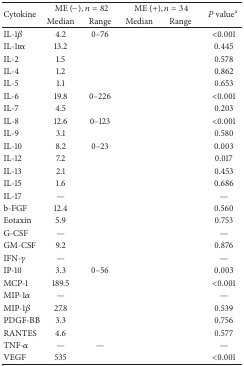
<table><thead><tr><td rowspan="2"><b>Cytokine</b></td><td colspan="2"><b>ME (−), <i>n</i> = 82</b></td><td colspan="2"><b>ME (+), <i>n</i> = 34</b></td><td rowspan="2"><b><i>P</i> value<sup>a</sup></b></td></tr><tr><td><b>Median</b></td><td><b>Range</b></td><td><b>Median</b></td><td><b>Range</b></td></tr></thead><tbody><tr><td>IL-1<i>β</i></td><td>4.2</td><td>0–76</td><td>[EMPTY_CELL]</td><td>[EMPTY_CELL]</td><td>&lt;0.001</td></tr><tr><td>IL-1r<i>α</i></td><td>13.2</td><td>[EMPTY_CELL]</td><td>[EMPTY_CELL]</td><td>[EMPTY_CELL]</td><td>0.445</td></tr><tr><td>IL-2</td><td>1.5</td><td>[EMPTY_CELL]</td><td>[EMPTY_CELL]</td><td>[EMPTY_CELL]</td><td>0.578</td></tr><tr><td>IL-4</td><td>1.2</td><td>[EMPTY_CELL]</td><td>[EMPTY_CELL]</td><td>[EMPTY_CELL]</td><td>0.862</td></tr><tr><td>IL-5</td><td>1.1</td><td>[EMPTY_CELL]</td><td>[EMPTY_CELL]</td><td>[EMPTY_CELL]</td><td>0.653</td></tr><tr><td>IL-6</td><td>19.8</td><td>0–226</td><td>[EMPTY_CELL]</td><td>[EMPTY_CELL]</td><td>&lt;0.001</td></tr><tr><td>IL-7</td><td>4.5</td><td>[EMPTY_CELL]</td><td>[EMPTY_CELL]</td><td>[EMPTY_CELL]</td><td>0.203</td></tr><tr><td>IL-8</td><td>12.6</td><td>0–123</td><td>[EMPTY_CELL]</td><td>[EMPTY_CELL]</td><td>&lt;0.001</td></tr><tr><td>IL-9</td><td>3.1</td><td>[EMPTY_CELL]</td><td>[EMPTY_CELL]</td><td>[EMPTY_CELL]</td><td>0.580</td></tr><tr><td>IL-10</td><td>8.2</td><td>0–23</td><td>[EMPTY_CELL]</td><td>[EMPTY_CELL]</td><td>0.003</td></tr><tr><td>IL-12</td><td>7.2</td><td>[EMPTY_CELL]</td><td>[EMPTY_CELL]</td><td>[EMPTY_CELL]</td><td>0.017</td></tr><tr><td>IL-13</td><td>2.1</td><td>[EMPTY_CELL]</td><td>[EMPTY_CELL]</td><td>[EMPTY_CELL]</td><td>0.453</td></tr><tr><td>IL-15</td><td>1.6</td><td>[EMPTY_CELL]</td><td>[EMPTY_CELL]</td><td>[EMPTY_CELL]</td><td>0.686</td></tr><tr><td>IL-17</td><td>—</td><td>[EMPTY_CELL]</td><td>[EMPTY_CELL]</td><td>[EMPTY_CELL]</td><td>—</td></tr><tr><td>b-FGF</td><td>12.4</td><td>[EMPTY_CELL]</td><td>[EMPTY_CELL]</td><td>[EMPTY_CELL]</td><td>0.560</td></tr><tr><td>Eotaxin</td><td>5.9</td><td>[EMPTY_CELL]</td><td>[EMPTY_CELL]</td><td>[EMPTY_CELL]</td><td>0.753</td></tr><tr><td>G-CSF</td><td>—</td><td>[EMPTY_CELL]</td><td>[EMPTY_CELL]</td><td>[EMPTY_CELL]</td><td>—</td></tr><tr><td>GM-CSF</td><td>9.2</td><td>[EMPTY_CELL]</td><td>[EMPTY_CELL]</td><td>[EMPTY_CELL]</td><td>0.876</td></tr><tr><td>IFN-<i>γ</i></td><td>—</td><td>[EMPTY_CELL]</td><td>[EMPTY_CELL]</td><td>[EMPTY_CELL]</td><td>—</td></tr><tr><td>IP-10</td><td>3.3</td><td>0–56</td><td>[EMPTY_CELL]</td><td>[EMPTY_CELL]</td><td>0.003</td></tr><tr><td>MCP-1</td><td>189.5</td><td>[EMPTY_CELL]</td><td>[EMPTY_CELL]</td><td>[EMPTY_CELL]</td><td>&lt;0.001</td></tr><tr><td>MIP-1<i>α</i></td><td>—</td><td>[EMPTY_CELL]</td><td>[EMPTY_CELL]</td><td>[EMPTY_CELL]</td><td>—</td></tr><tr><td>MIP-1<i>β</i></td><td>27.8</td><td>[EMPTY_CELL]</td><td>[EMPTY_CELL]</td><td>[EMPTY_CELL]</td><td>0.539</td></tr><tr><td>PDGF-BB</td><td>3.3</td><td>[EMPTY_CELL]</td><td>[EMPTY_CELL]</td><td>[EMPTY_CELL]</td><td>0.756</td></tr><tr><td>RANTES</td><td>4.6</td><td>[EMPTY_CELL]</td><td>[EMPTY_CELL]</td><td>[EMPTY_CELL]</td><td>0.577</td></tr><tr><td>TNF-<i>α</i></td><td>—</td><td>—</td><td>[EMPTY_CELL]</td><td>[EMPTY_CELL]</td><td>—</td></tr><tr><td>VEGF</td><td>535</td><td>[EMPTY_CELL]</td><td>[EMPTY_CELL]</td><td>[EMPTY_CELL]</td><td>&lt;0.001</td></tr></tbody></table>